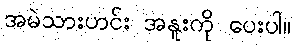
အမဲသားဟင်း အနူးကို ပေးပါ။